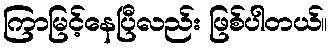
ကြာမြင့်နေပြီလည်း ဖြစ်ပါတယ်။